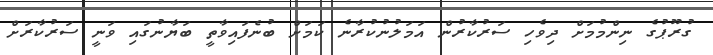
ގުރޫޕުގެ ނިންމުމަށް ދިވެހި ސަރުކާރުން އަމަލުނުކުރާނެ ކަމަށް ބުނެފައިވާތީ ބަޔާނުގައި ވަނީ ސަރުކާރަށް